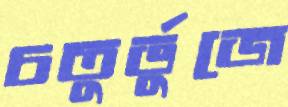
চতুর্ভুজে